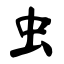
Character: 虫